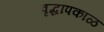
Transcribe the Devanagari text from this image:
वृद्धापकाळ